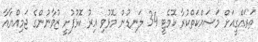
ތަރައްގީއަށް މަސައްކަތްކުރާ ކޮމެޓީ 34 ލަނޑުން މޮޅުވި އިރު ކޮޅުފުށީ ޒުވާނުންގެ ޖަމިއްޔާއާ